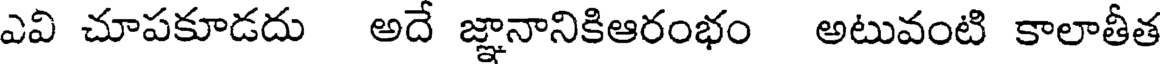
ఎవి చూపకూడదు అదే జ్ఞానానికిఆరంభం అటువంటి కాలాతీత